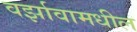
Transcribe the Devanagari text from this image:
वर्झावामधील